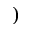
)